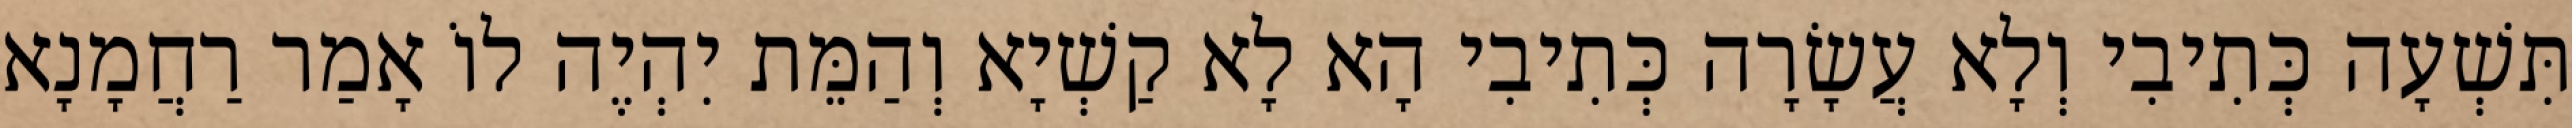
תִּשְׁעָה כְּתִיבִי וְלָא עֲשָׂרָה כְּתִיבִי הָא לָא קַשְׁיָא וְהַמֵּת יִהְיֶה לוֹ אָמַר רַחֲמָנָא